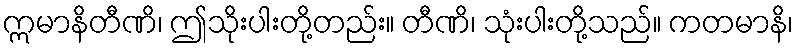
ဣမာနိတီဏိ၊ ဤသိုးပါးတို့တည်း။ တီဏိ၊ သုံးပါးတို့သည်။ ကတမာနိ၊